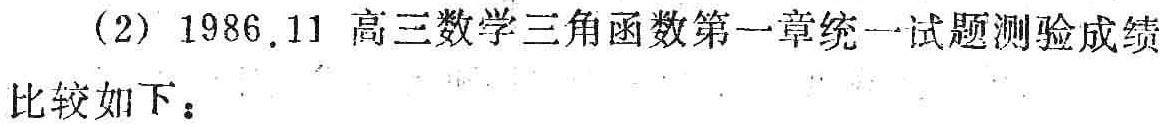
（2）1986.11 高三数学三角函数第一章统一试题测验成绩比较如下：